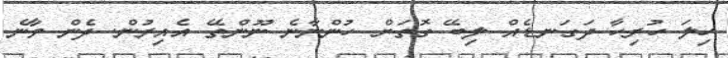
ހިލަ ހުރިހާ ދަގަނޑެއް ލިބޭ ގޮތަށް ހުންނާނެ ނޫންތޭ އެއިރުން. ދެން ވާނެ